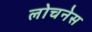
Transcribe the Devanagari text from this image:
लोचनेस